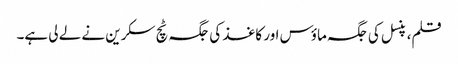
قلم، پنسل کی جگہ ماؤس اور کاغذ کی جگہ ٹچ سکرین نے لے لی ہے۔